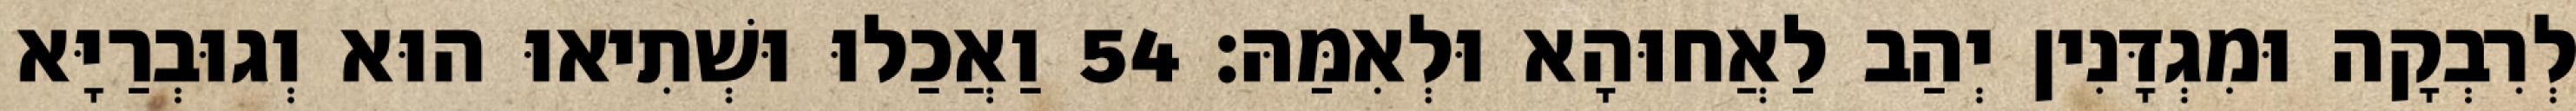
לְרִבְקָה וּמִגְדָּנִין יְהַב לַאֲחוּהָא וּלְאִמַּהּ׃ 54 וַאֲכַלוּ וּשְׁתִיאוּ הוּא וְגוּבְרַיָּא